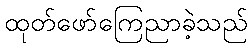
ထုတ်ဖော်ကြေညာခဲ့သည်